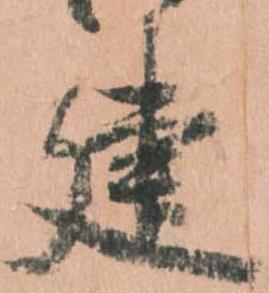
建